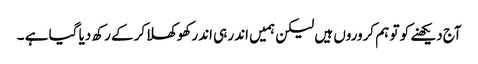
آج دیکھنے کو تو ہم کروروں ہیں لیکن ہمیں اندر ہی اندر کھوکھلاکرکے رکھ دیا گیا ہے ۔